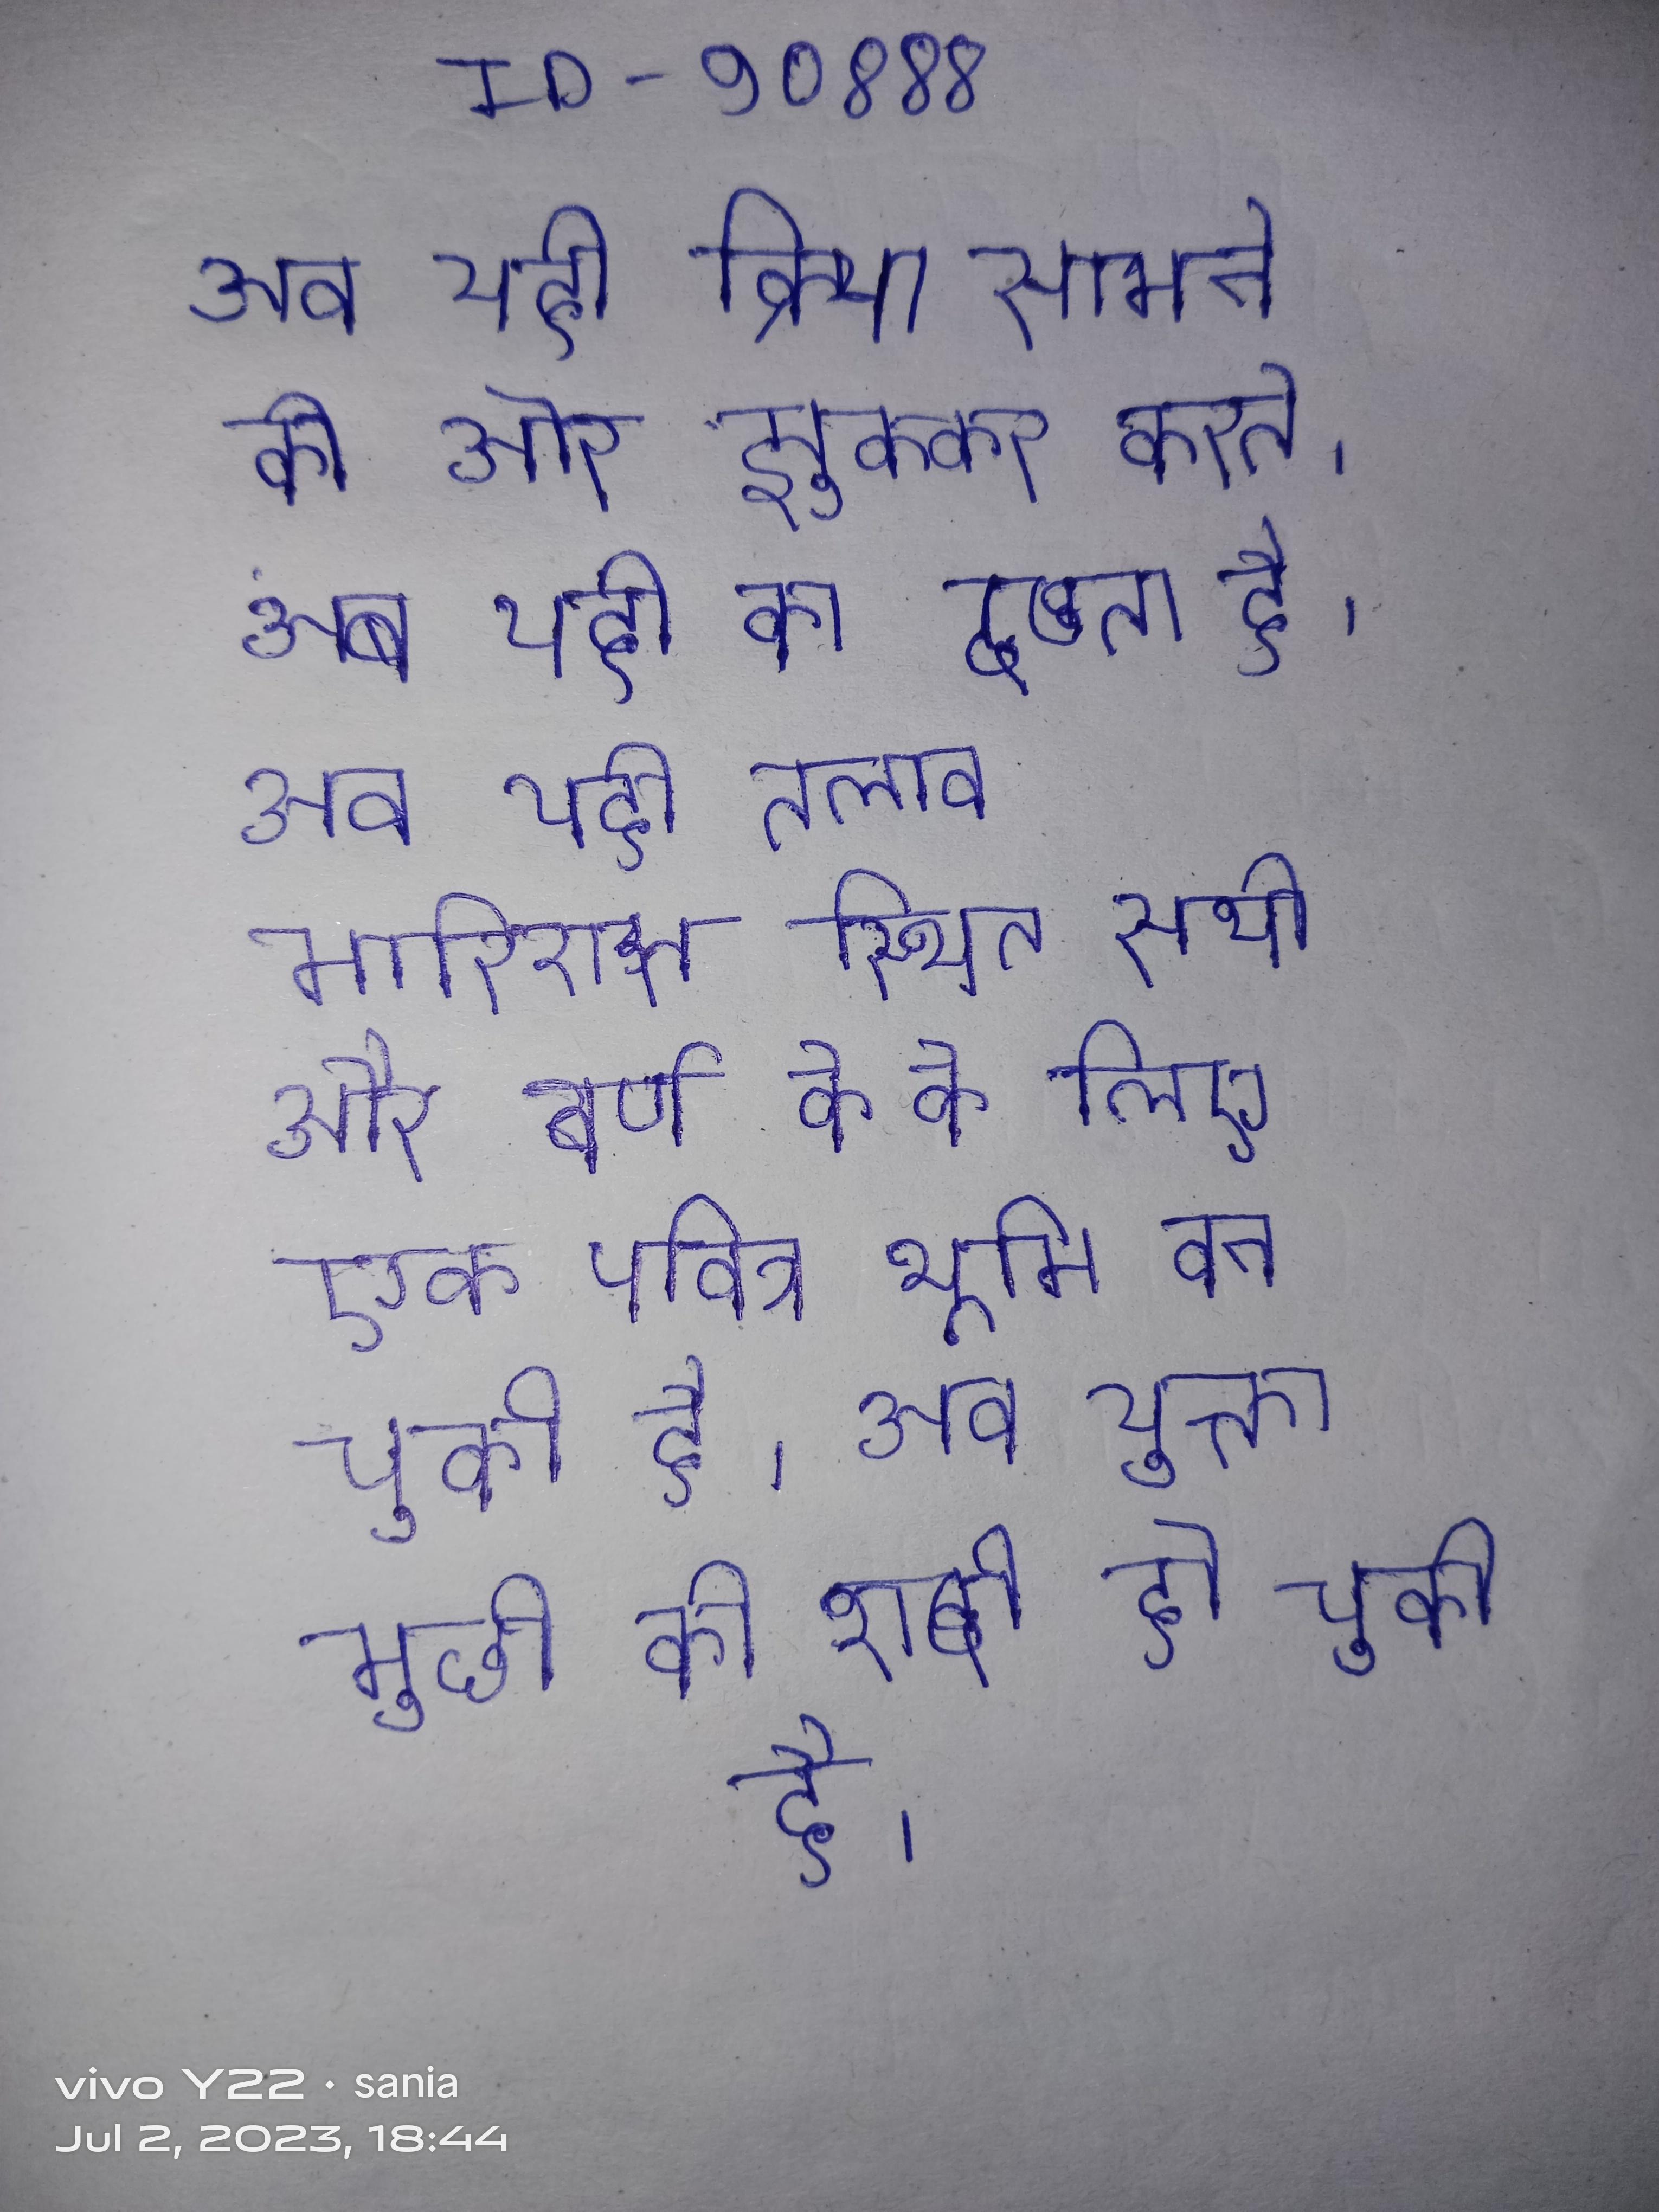
अब यही क्रिया सामने की ओर झुककर करते । अब यही का देखता है । अब यही तलाव मॉरिशस स्थित सभी और वर्ण के के लिए एक पवित्र भूमि बन चुकी है । अब युक्ता मुखी की शादी हो चुकी है ।